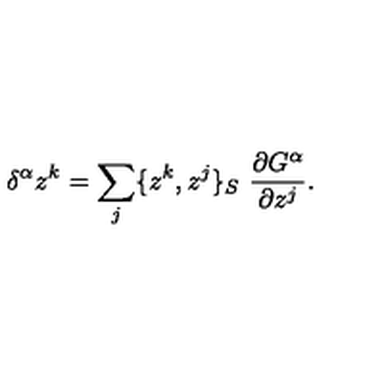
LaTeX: \delta ^ { \alpha } z ^ { k } = \sum _ { j } \{ z ^ { k } , z ^ { j } \} _ { S } \ \frac { \partial G ^ { \alpha } } { \partial z ^ { j } } .